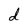
Character: d